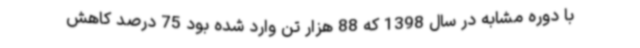
با دوره مشابه در سال 1398 که 88 هزار تن وارد شده بود 75 درصد کاهش